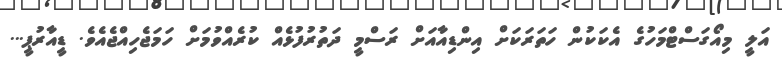
އަލީ މިއޯގަސްޓްމަހުގެ އެކަކުން ހަތަރަކަށް އިންޑިއާއަށް ރަސްމީ ދަތުރުފުޅެއް ކުރެއްވުމަށް ހަމަޖެހިއްޖެއެވެ. ޑީއާރުޕީ...